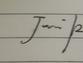
Signature authenticity: genuine